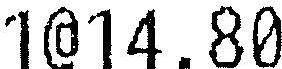
1@14.80